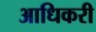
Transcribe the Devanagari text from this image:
आधिकरी